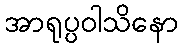
အာရုပ္ပဝါသိနော